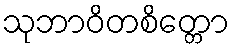
သုဘာဝိတစိတ္တော